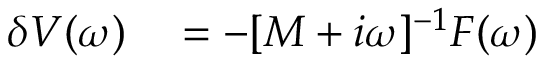
\begin{array} { r l } { \delta V ( \omega ) } & { { } = - [ M + i \omega ] ^ { - 1 } F ( \omega ) } \end{array}